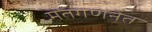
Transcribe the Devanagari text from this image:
मतगणनेत